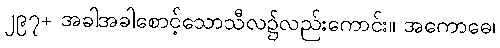
၂၉၇+ အခါအခါစောင့်သောသီလ၌လည်းကောင်း။ အကောဓေ၊